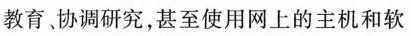
教育，协调研究，甚至使用网上的主机和软